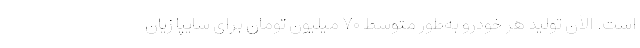
است. الآن تولید هر خودرو به‌طور متوسط ۷۰ میلیون تومان برای سایپا زیان